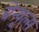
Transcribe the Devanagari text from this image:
ग्रेन्यूल्स